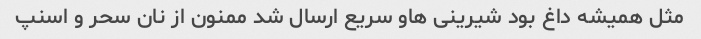
مثل همیشه داغ بود شیرینی هاو سریع ارسال شد ممنون از نان سحر و اسنپ